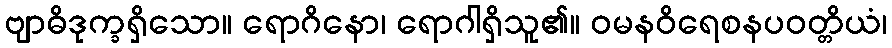
ဗျာဓိဒုက္ခရှိသော။ ရောဂိနော၊ ရောဂါရှိသူ၏။ ဝမနဝိရေစနပဝတ္တိယံ၊